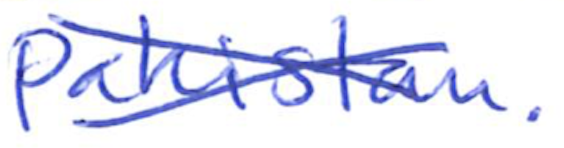
Text: Pakistan.
Cross-out: cross
Writing tool: ballpoint